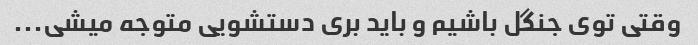
وقتی توی جنگل باشیم و باید بری دستشویی متوجه میشی...